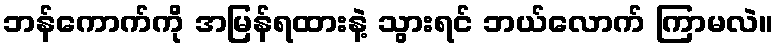
ဘန်ကောက်ကို အမြန်ရထားနဲ့ သွားရင် ဘယ်လောက် ကြာမလဲ။